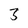
Character: 3